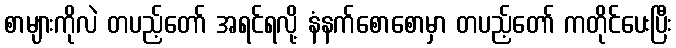
စာများကိုလဲ တပည့်တော် အရင်ရလို့ နံနက်စောစောမှာ တပည့်တော် ကတိုင်ပေးပြီး